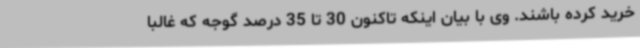
خرید کرده باشند. وی با بیان اینکه تاکنون 30 تا 35 درصد گوجه که غالباً